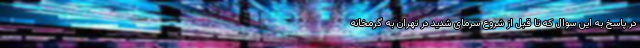
در پاسخ به این سوال که تا قبل از شروع سرمای شدید در تهران به گرمخانه